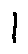
1